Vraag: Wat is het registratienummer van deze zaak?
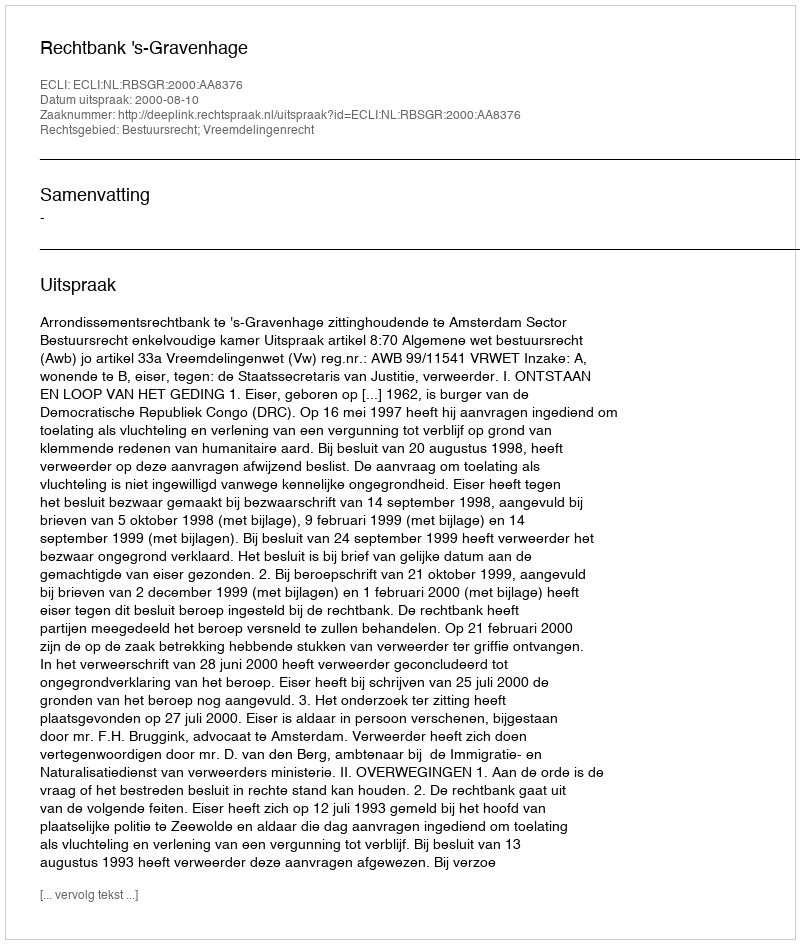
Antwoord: http://deeplink.rechtspraak.nl/uitspraak?id=ECLI:NL:RBSGR:2000:AA8376